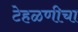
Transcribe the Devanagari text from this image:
टेहळणीचा